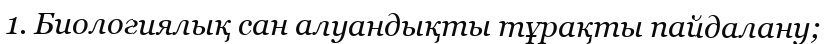
1. Биологиялық сан алуандықты тұрақты пайдалану;